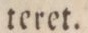
teret.